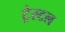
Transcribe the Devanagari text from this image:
ट्रेस्टल